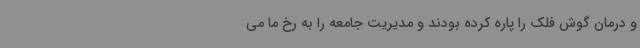
و درمان گوش فلک را پاره کرده بودند و مدیریت جامعه را به رخ ما می‌